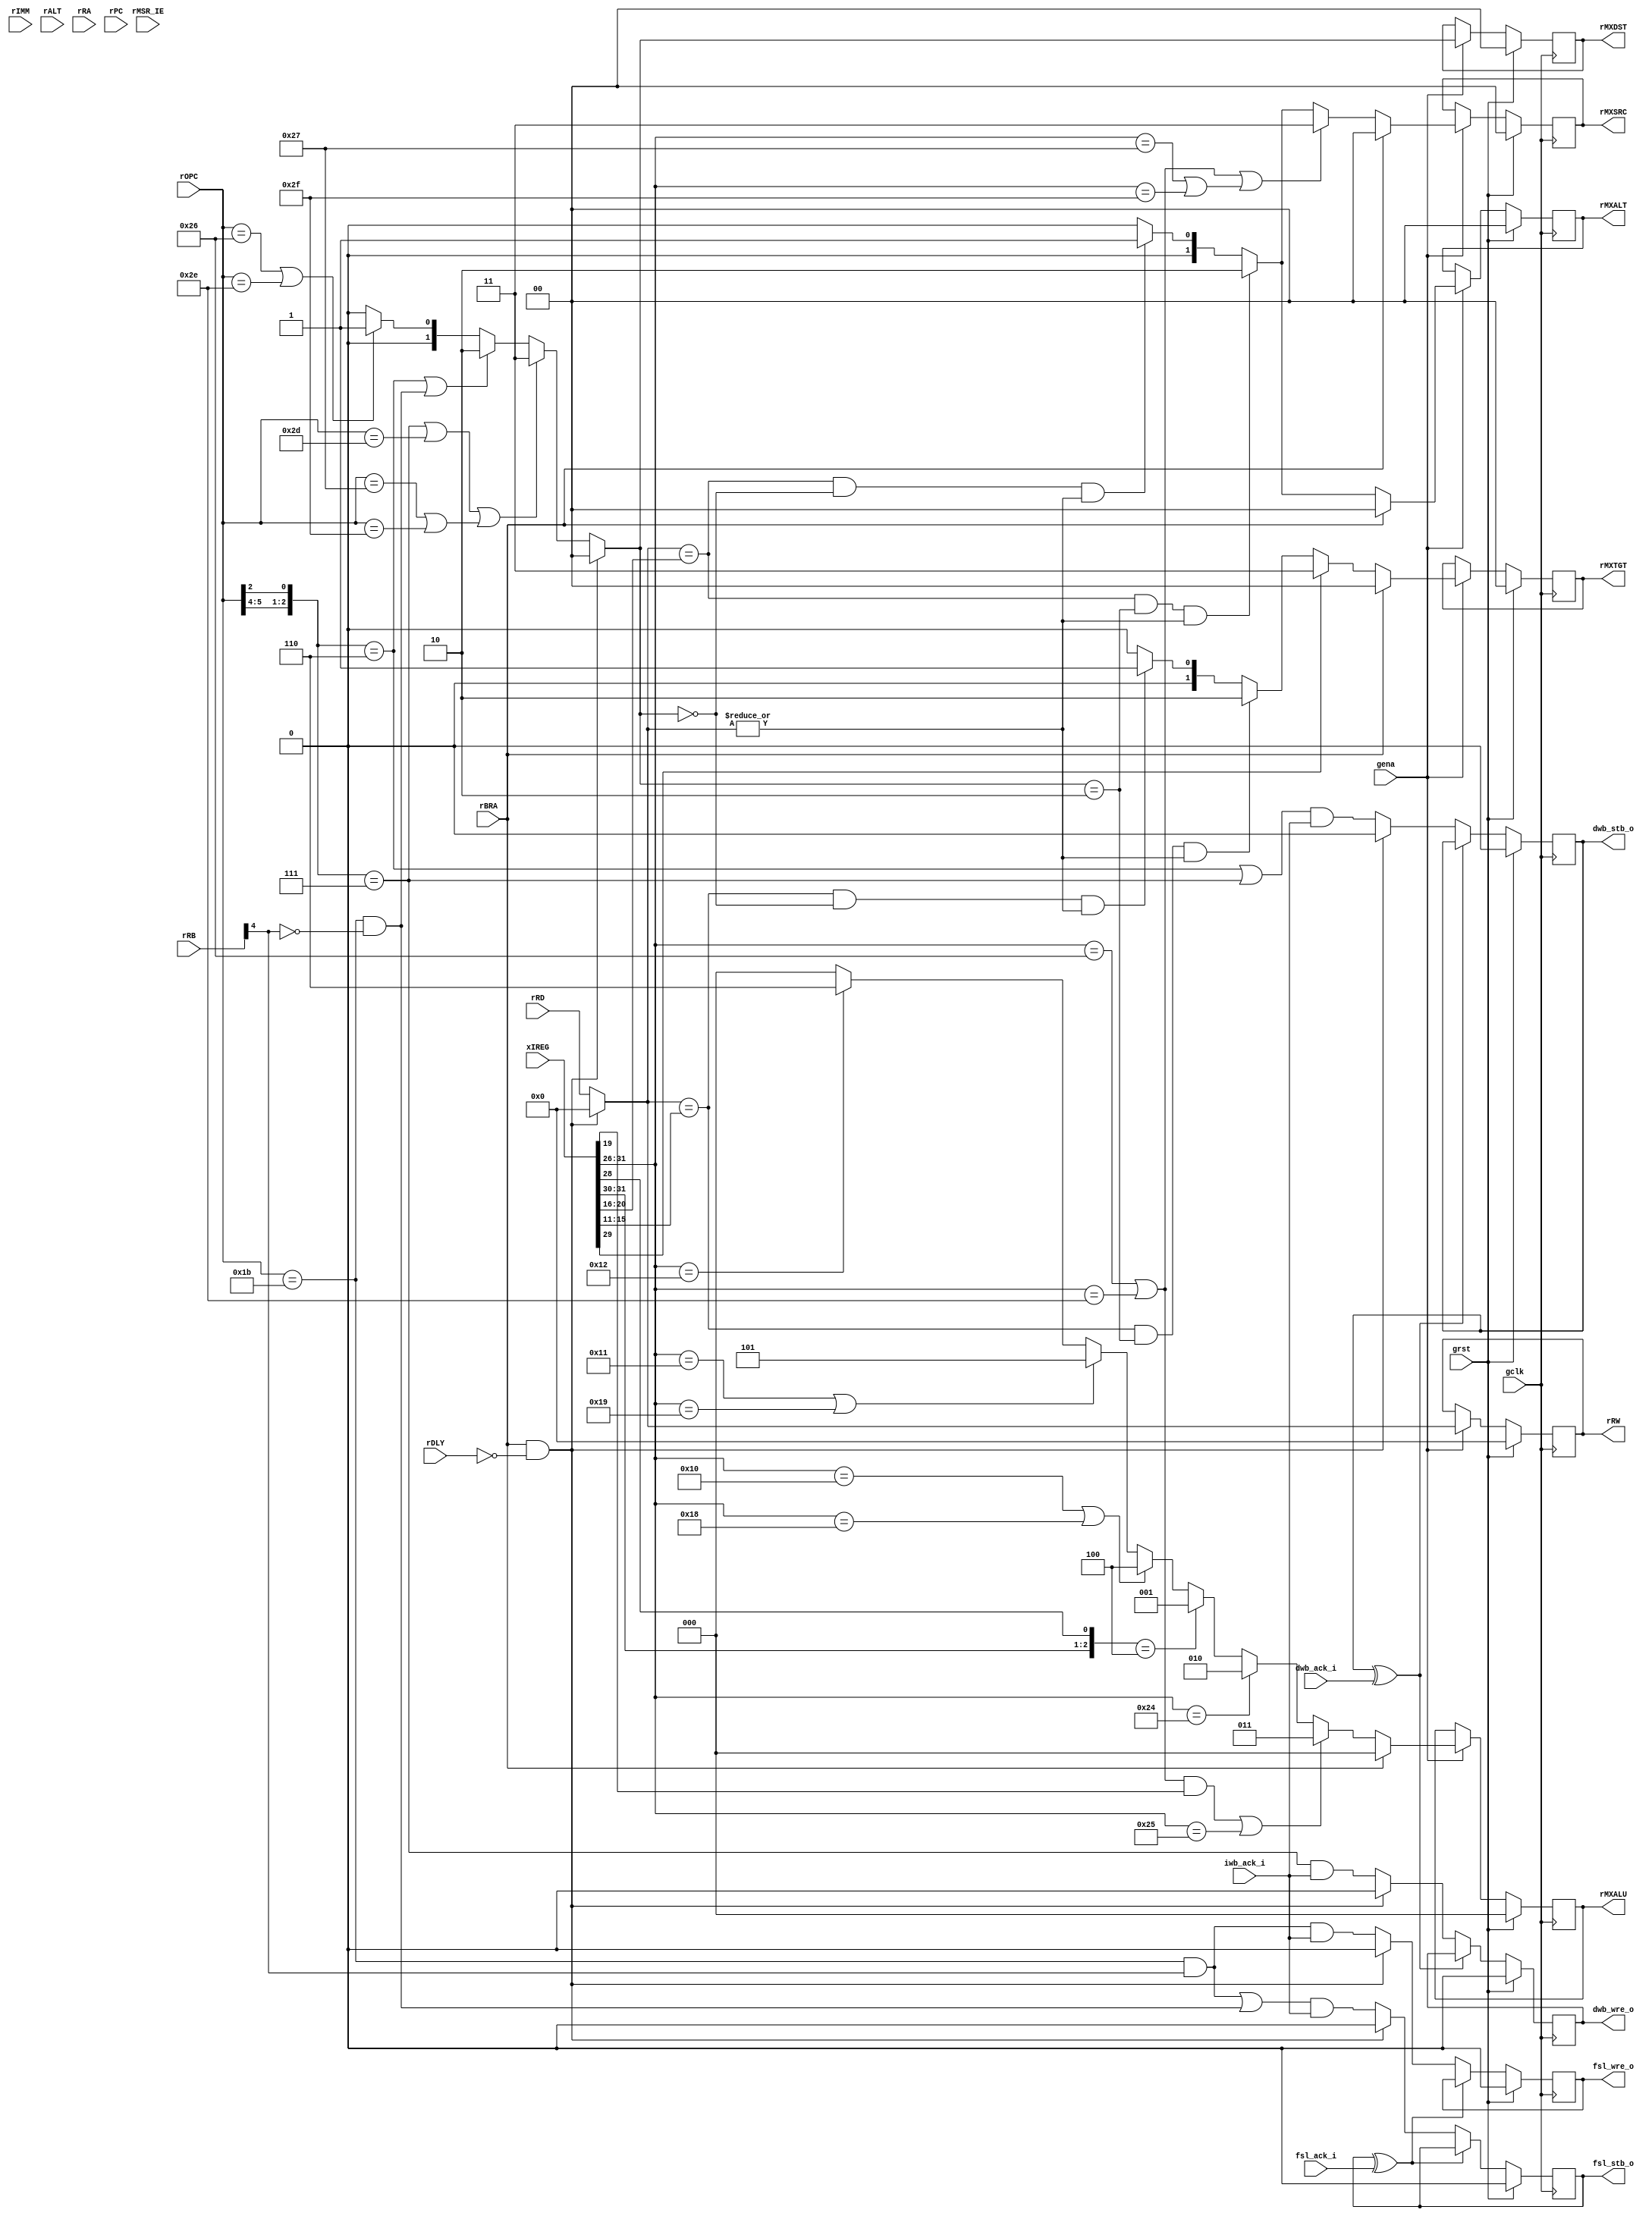
// $Id: aeMB_ctrl.v,v 1.10 2007/11/30 16:44:40 sybreon Exp $
//
// AEMB CONTROL UNIT
// 
// Copyright (C) 2004-2007 Shawn Tan Ser Ngiap <shawn.tan@aeste.net>
//  
// This file is part of AEMB.
//
// AEMB is free software: you can redistribute it and/or modify it
// under the terms of the GNU Lesser General Public License as
// published by the Free Software Foundation, either version 3 of the
// License, or (at your option) any later version.
//
// AEMB is distributed in the hope that it will be useful, but WITHOUT
// ANY WARRANTY; without even the implied warranty of MERCHANTABILITY
// or FITNESS FOR A PARTICULAR PURPOSE.  See the GNU Lesser General
// Public License for more details.
//
// You should have received a copy of the GNU Lesser General Public
// License along with AEMB. If not, see <http://www.gnu.org/licenses/>.
//
// $Log: aeMB_ctrl.v,v $
// Revision 1.10  2007/11/30 16:44:40  sybreon
// Minor code cleanup.
//
// Revision 1.9  2007/11/15 09:26:43  sybreon
// Fixed minor typo causing synthesis failure.
//
// Revision 1.8  2007/11/14 23:19:24  sybreon
// Fixed minor typo.
//
// Revision 1.7  2007/11/14 22:14:34  sybreon
// Changed interrupt handling system (reported by M. Ettus).
//
// Revision 1.6  2007/11/10 16:39:38  sybreon
// Upgraded license to LGPLv3.
// Significant performance optimisations.
//
// Revision 1.5  2007/11/09 20:51:52  sybreon
// Added GET/PUT support through a FSL bus.
//
// Revision 1.4  2007/11/08 17:48:14  sybreon
// Fixed data WISHBONE arbitration problem (reported by J Lee).
//
// Revision 1.3  2007/11/08 14:17:47  sybreon
// Parameterised optional components.
//
// Revision 1.2  2007/11/02 19:20:58  sybreon
// Added better (beta) interrupt support.
// Changed MSR_IE to disabled at reset as per MB docs.
//
// Revision 1.1  2007/11/02 03:25:40  sybreon
// New EDK 3.2 compatible design with optional barrel-shifter and multiplier.
// Fixed various minor data hazard bugs.
// Code compatible with -O0/1/2/3/s generated code.
//

module aeMB_ctrl (/*AUTOARG*/
   // Outputs
   rMXDST, rMXSRC, rMXTGT, rMXALT, rMXALU, rRW, dwb_stb_o, dwb_wre_o,
   fsl_stb_o, fsl_wre_o,
   // Inputs
   rDLY, rIMM, rALT, rOPC, rRD, rRA, rRB, rPC, rBRA, rMSR_IE, xIREG,
   dwb_ack_i, iwb_ack_i, fsl_ack_i, gclk, grst, gena
   );
   // INTERNAL   
   //output [31:2] rPCLNK;
   output [1:0]  rMXDST;
   output [1:0]  rMXSRC, rMXTGT, rMXALT;
   output [2:0]  rMXALU;   
   output [4:0]  rRW;
   
   input 	 rDLY;
   input [15:0]  rIMM;
   input [10:0]  rALT;
   input [5:0] 	 rOPC;
   input [4:0] 	 rRD, rRA, rRB;
   input [31:2]  rPC;
   input 	 rBRA;
   input 	 rMSR_IE;
   input [31:0]  xIREG;   
   
   // DATA WISHBONE
   output 	 dwb_stb_o;
   output 	 dwb_wre_o;
   input 	 dwb_ack_i;

   // INST WISHBONE
   input 	 iwb_ack_i;
   
   // FSL WISHBONE
   output 	 fsl_stb_o;
   output 	 fsl_wre_o;
   input 	 fsl_ack_i;   
   
   // SYSTEM
   input 	 gclk, grst, gena;

   // --- DECODE INSTRUCTIONS
   // TODO: Simplify

   wire [5:0] 	 wOPC;
   wire [4:0] 	 wRD, wRA, wRB;
   wire [10:0] 	 wALT;   
   
   assign 	 {wOPC, wRD, wRA, wRB, wALT} = xIREG; // FIXME: Endian

   wire 	 fSFT = (rOPC == 6'o44);
   wire 	 fLOG = ({rOPC[5:4],rOPC[2]} == 3'o4);   

   wire 	 fMUL = (rOPC == 6'o20) | (rOPC == 6'o30);
   wire 	 fBSF = (rOPC == 6'o21) | (rOPC == 6'o31);
   wire 	 fDIV = (rOPC == 6'o22);   
   
   wire 	 fRTD = (rOPC == 6'o55);
   wire 	 fBCC = (rOPC == 6'o47) | (rOPC == 6'o57);
   wire 	 fBRU = (rOPC == 6'o46) | (rOPC == 6'o56);
   wire 	 fBRA = fBRU & rRA[3];   

   wire 	 fIMM = (rOPC == 6'o54);
   wire 	 fMOV = (rOPC == 6'o45);   
   
   wire 	 fLOD = ({rOPC[5:4],rOPC[2]} == 3'o6);
   wire 	 fSTR = ({rOPC[5:4],rOPC[2]} == 3'o7);
   wire 	 fLDST = (&rOPC[5:4]);   

   wire          fPUT = (rOPC == 6'o33) & rRB[4];
   wire 	 fGET = (rOPC == 6'o33) & !rRB[4];   


   wire 	 wSFT = (wOPC == 6'o44);
   wire 	 wLOG = ({wOPC[5:4],wOPC[2]} == 3'o4);   

   wire 	 wMUL = (wOPC == 6'o20) | (wOPC == 6'o30);
   wire 	 wBSF = (wOPC == 6'o21) | (wOPC == 6'o31);
   wire 	 wDIV = (wOPC == 6'o22);   
   
   wire 	 wRTD = (wOPC == 6'o55);
   wire 	 wBCC = (wOPC == 6'o47) | (wOPC == 6'o57);
   wire 	 wBRU = (wOPC == 6'o46) | (wOPC == 6'o56);
   wire 	 wBRA = wBRU & wRA[3];   

   wire 	 wIMM = (wOPC == 6'o54);
   wire 	 wMOV = (wOPC == 6'o45);   
   
   wire 	 wLOD = ({wOPC[5:4],wOPC[2]} == 3'o6);
   wire 	 wSTR = ({wOPC[5:4],wOPC[2]} == 3'o7);
   wire 	 wLDST = (&wOPC[5:4]);   

   wire          wPUT = (wOPC == 6'o33) & wRB[4];
   wire 	 wGET = (wOPC == 6'o33) & !wRB[4];   

   
   // --- BRANCH SLOT REGISTERS ---------------------------

   reg [31:2] 	 rPCLNK, xPCLNK;
   reg [1:0] 	 rMXDST, xMXDST;
   reg [4:0] 	 rRW, xRW;   

   reg [1:0] 	 rMXSRC, xMXSRC;
   reg [1:0] 	 rMXTGT, xMXTGT;
   reg [1:0] 	 rMXALT, xMXALT;
   
   
   // --- OPERAND SELECTOR ---------------------------------

   wire 	 wRDWE = |xRW;
   wire 	 wAFWD_M = (xRW == wRA) & (xMXDST == 2'o2) & wRDWE;
   wire 	 wBFWD_M = (xRW == wRB) & (xMXDST == 2'o2) & wRDWE;
   wire 	 wAFWD_R = (xRW == wRA) & (xMXDST == 2'o0) & wRDWE;   
   wire 	 wBFWD_R = (xRW == wRB) & (xMXDST == 2'o0) & wRDWE;

   always @(/*AUTOSENSE*/rBRA or wAFWD_M or wAFWD_R or wBCC or wBFWD_M
	    or wBFWD_R or wBRU or wOPC) 
     //if (rBRA | |rXCE) begin
     if (rBRA) begin
	/*AUTORESET*/
	// Beginning of autoreset for uninitialized flops
	xMXALT <= 2'h0;
	xMXSRC <= 2'h0;
	xMXTGT <= 2'h0;
	// End of automatics
     end else begin
	xMXSRC <= (wBRU | wBCC) ? 2'o3 : // PC
		  (wAFWD_M) ? 2'o2 : // RAM
		  (wAFWD_R) ? 2'o1 : // FWD
		  2'o0; // REG
	xMXTGT <= (wOPC[3]) ? 2'o3 : // IMM
		  (wBFWD_M) ? 2'o2 : // RAM
		  (wBFWD_R) ? 2'o1 : // FWD
		  2'o0; // REG
	xMXALT <= (wAFWD_M) ? 2'o2 : // RAM
		  (wAFWD_R) ? 2'o1 : // FWD
		  2'o0; // REG	
     end // else: !if(rBRA)
   
   // --- ALU CONTROL ---------------------------------------

   reg [2:0]     rMXALU, xMXALU;

   always @(/*AUTOSENSE*/rBRA or wBRA or wBSF or wDIV or wLOG or wMOV
	    or wMUL or wSFT)
     //if (rBRA | |rXCE) begin
     if (rBRA) begin
	/*AUTORESET*/
	// Beginning of autoreset for uninitialized flops
	xMXALU <= 3'h0;
	// End of automatics
     end else begin
	xMXALU <= (wBRA | wMOV) ? 3'o3 :
		  (wSFT) ? 3'o2 :
		  (wLOG) ? 3'o1 :
		  (wMUL) ? 3'o4 :
		  (wBSF) ? 3'o5 :
		  (wDIV) ? 3'o6 :
		  3'o0;      	
     end // else: !if(rBRA)
   
   // --- DELAY SLOT REGISTERS ------------------------------
   
   wire 	 fSKIP = (rBRA & !rDLY);
   
   always @(/*AUTOSENSE*/fBCC or fBRU or fGET or fLOD or fRTD or fSKIP
	    or fSTR or rRD)
     if (fSKIP) begin
	/*AUTORESET*/
	// Beginning of autoreset for uninitialized flops
	xMXDST <= 2'h0;
	xRW <= 5'h0;
	// End of automatics
     end else begin
	xMXDST <= (fSTR | fRTD | fBCC) ? 2'o3 :
		  (fLOD | fGET) ? 2'o2 :
		  (fBRU) ? 2'o1 :
		  2'o0;
	xRW <= rRD;
     end // else: !if(fSKIP)


   // --- DATA WISHBONE ----------------------------------

   wire 	 fDACK = !(dwb_stb_o ^ dwb_ack_i);
   
   reg 		 rDWBSTB, xDWBSTB;
   reg 		 rDWBWRE, xDWBWRE;

   assign 	 dwb_stb_o = rDWBSTB;
   assign 	 dwb_wre_o = rDWBWRE;
   
   
   always @(/*AUTOSENSE*/fLOD or fSKIP or fSTR or iwb_ack_i)
     //if (fSKIP | |rXCE) begin
     if (fSKIP) begin
	/*AUTORESET*/
	// Beginning of autoreset for uninitialized flops
	xDWBSTB <= 1'h0;
	xDWBWRE <= 1'h0;
	// End of automatics
     end else begin
	xDWBSTB <= (fLOD | fSTR) & iwb_ack_i;
	xDWBWRE <= fSTR & iwb_ack_i;	
     end
   
   always @(posedge gclk)
     if (grst) begin
	/*AUTORESET*/
	// Beginning of autoreset for uninitialized flops
	rDWBSTB <= 1'h0;
	rDWBWRE <= 1'h0;
	// End of automatics
     end else if (fDACK) begin
	rDWBSTB <= #1 xDWBSTB;
	rDWBWRE <= #1 xDWBWRE;	
     end
   

   // --- FSL WISHBONE -----------------------------------

   wire 	 fFACK = !(fsl_stb_o ^ fsl_ack_i);   
	 
   reg 		 rFSLSTB, xFSLSTB;
   reg 		 rFSLWRE, xFSLWRE;

   assign 	 fsl_stb_o = rFSLSTB;
   assign 	 fsl_wre_o = rFSLWRE;   

   always @(/*AUTOSENSE*/fGET or fPUT or fSKIP or iwb_ack_i) 
     //if (fSKIP | |rXCE) begin
     if (fSKIP) begin
	/*AUTORESET*/
	// Beginning of autoreset for uninitialized flops
	xFSLSTB <= 1'h0;
	xFSLWRE <= 1'h0;
	// End of automatics
     end else begin
	xFSLSTB <= (fPUT | fGET) & iwb_ack_i;
	xFSLWRE <= fPUT & iwb_ack_i;	
     end

   always @(posedge gclk)
     if (grst) begin
	/*AUTORESET*/
	// Beginning of autoreset for uninitialized flops
	rFSLSTB <= 1'h0;
	rFSLWRE <= 1'h0;
	// End of automatics
     end else if (fFACK) begin
	rFSLSTB <= #1 xFSLSTB;
	rFSLWRE <= #1 xFSLWRE;	
     end
   
   // --- PIPELINE CONTROL DELAY ----------------------------

   always @(posedge gclk)
     if (grst) begin
	/*AUTORESET*/
	// Beginning of autoreset for uninitialized flops
	rMXALT <= 2'h0;
	rMXALU <= 3'h0;
	rMXDST <= 2'h0;
	rMXSRC <= 2'h0;
	rMXTGT <= 2'h0;
	rRW <= 5'h0;
	// End of automatics
     end else if (gena) begin // if (grst)
	//rPCLNK <= #1 xPCLNK;
	rMXDST <= #1 xMXDST;
	rRW <= #1 xRW;
	rMXSRC <= #1 xMXSRC;
	rMXTGT <= #1 xMXTGT;
	rMXALT <= #1 xMXALT;	
	rMXALU <= #1 xMXALU;	
     end

   
endmodule // aeMB_ctrl